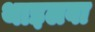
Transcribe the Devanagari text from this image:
थाइलवा